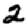
Digit: 2